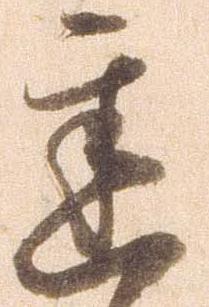
遅